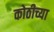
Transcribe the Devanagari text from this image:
कोठीच्या